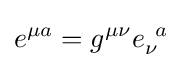
e^{\mu a}=g^{\mu \nu }e_{\nu }^{\;\,a}